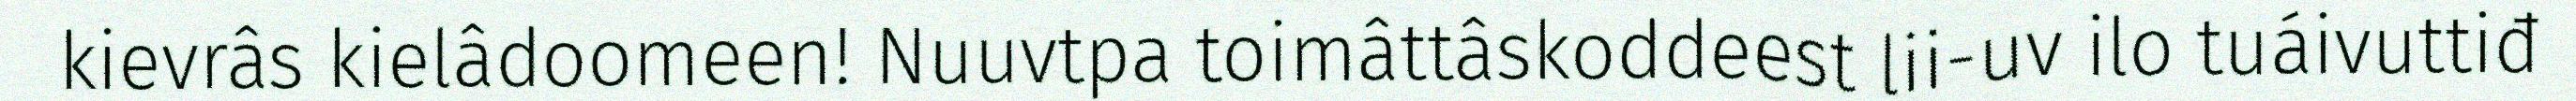
kievrâs kielâdoomeen! Nuuvtpa toimâttâskoddeest lii-uv ilo tuáivuttiđ